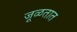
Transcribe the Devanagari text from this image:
जूळतात